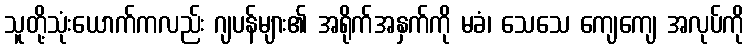
သူတို့သုံးယောက်ကလည်း ဂျပန်များ၏ အရိုက်အနှက်ကို မခံ၊ သေသေ ကျေကျေ အလုပ်ကို